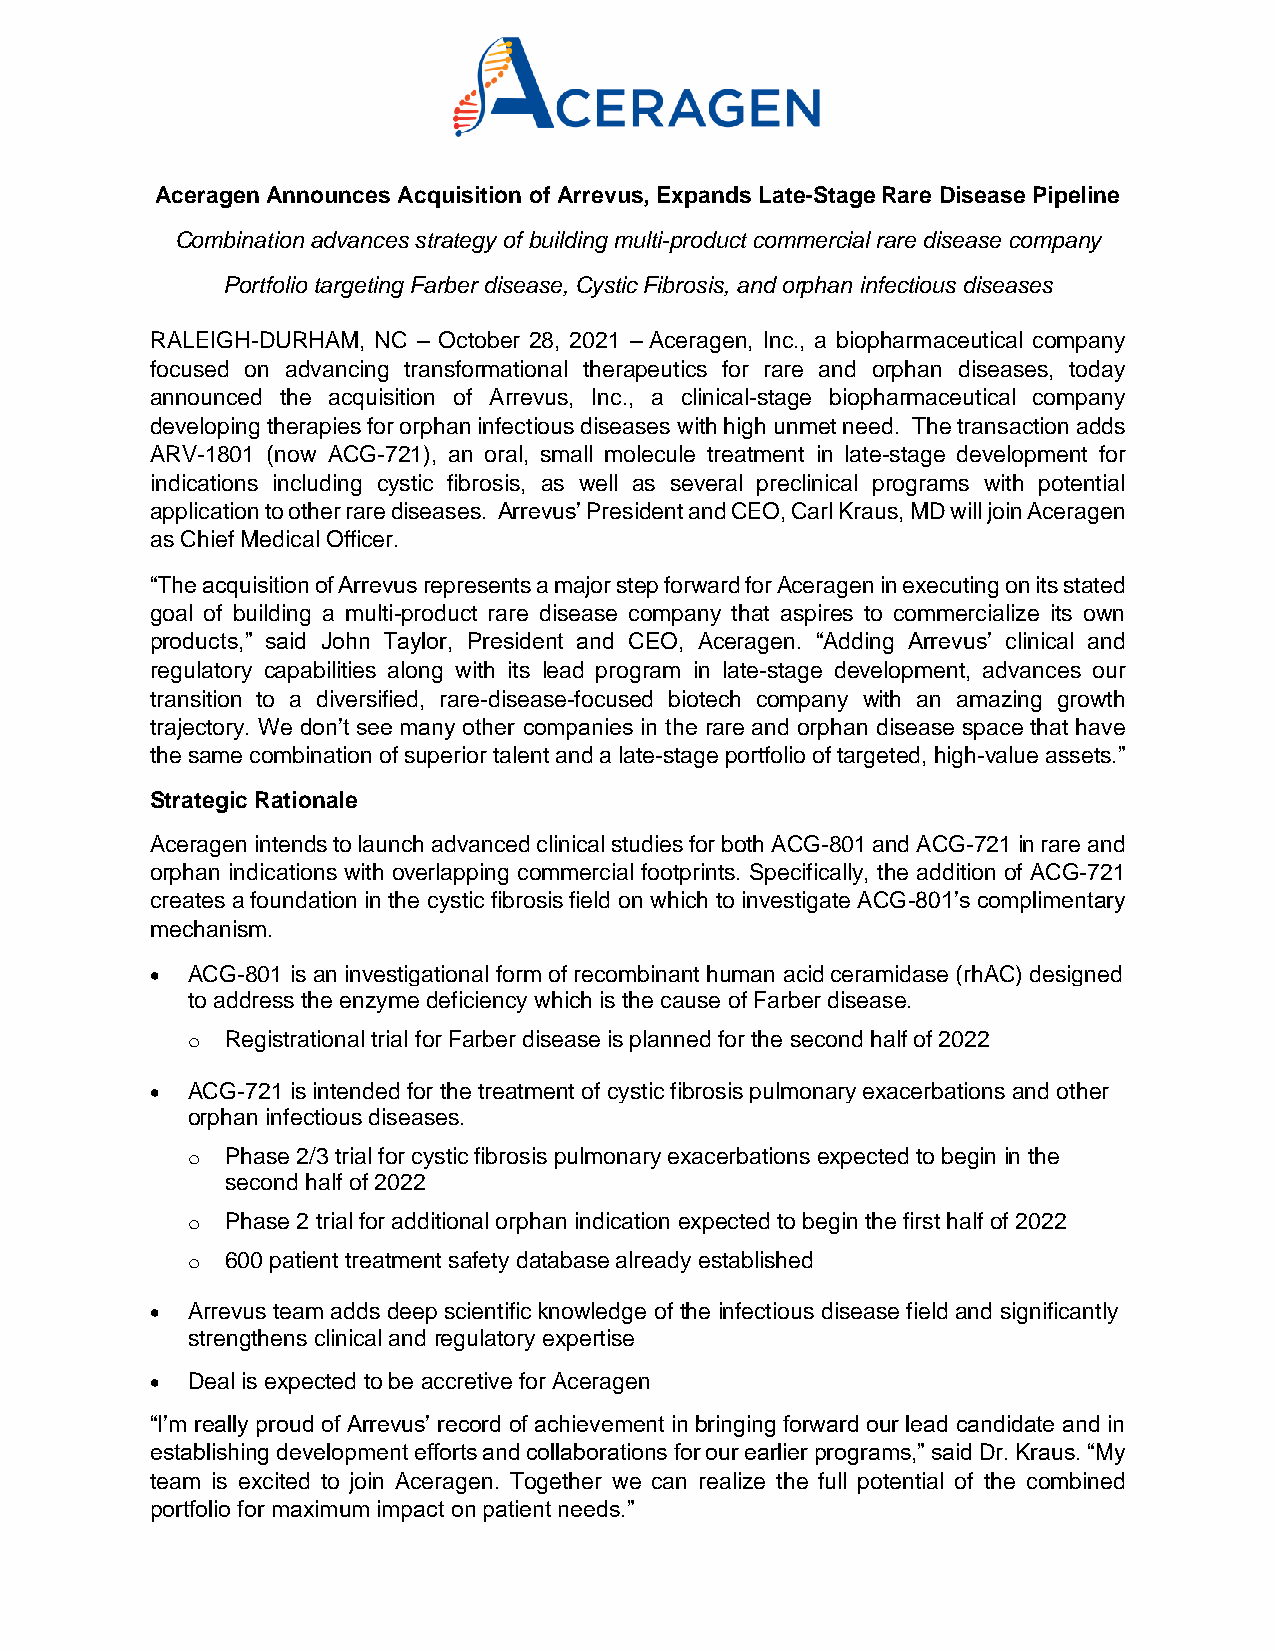
Aceragen Announces Acquisition of Arrevus, Expands Late-Stage Rare Disease Pipeline
 Combination advances strategy of building multi-product commercial rare disease company
 Portfolio targeting Farber disease, Cystic Fibrosis, and orphan infectious diseases
 RALEIGH-DURHAM, NC – October 28, 2021 – Aceragen, Inc., a biopharmaceutical company
 focused on advancing transformational therapeutics for rare and orphan diseases, today
 announced the acquisition of Arrevus, Inc., a clinical-stage biopharmaceutical company
 developing therapies for orphan infectious diseases with high unmet need. The transaction adds
 ARV-1801 (now ACG-721), an oral, small molecule treatment in late-stage development for
 indications including cystic fibrosis, as well as several preclinical programs with potential
 application to other rare diseases. Arrevus’ President and CEO, Carl Kraus, MD will join Aceragen
 as Chief Medical Officer.
 “The acquisition of Arrevus represents a major step forward for Aceragen in executing on its stated
 goal of building a multi-product rare disease company that aspires to commercialize its own
 products,” said John Taylor, President and CEO, Aceragen. “Adding Arrevus’ clinical and
 regulatory capabilities along with its lead program in late-stage development, advances our
 transition to a diversified, rare-disease-focused biotech company with an amazing growth
 trajectory. We don’t see many other companies in the rare and orphan disease space that have
 the same combination of superior talent and a late-stage portfolio of targeted, high-value assets.”
 Strategic Rationale
 Aceragen intends to launch advanced clinical studies for both ACG-801 and ACG-721 in rare and
 orphan indications with overlapping commercial footprints. Specifically, the addition of ACG-721
 creates a foundation in the cystic fibrosis field on which to investigate ACG-801’s complimentary
 mechanism.
 • ACG-801 is an investigational form of recombinant human acid ceramidase (rhAC) designed
 to address the enzyme deficiency which is the cause of Farber disease.
 o  Registrational trial for Farber disease is planned for the second half of 2022
 • ACG-721 is intended for the treatment of cystic fibrosis pulmonary exacerbations and other
 orphan infectious diseases.
 o  Phase 2/3 trial for cystic fibrosis pulmonary exacerbations expected to begin in the
 second half of 2022
 o  Phase 2 trial for additional orphan indication expected to begin the first half of 2022
 o  600 patient treatment safety database already established
 • Arrevus team adds deep scientific knowledge of the infectious disease field and significantly
 strengthens clinical and regulatory expertise
 • Deal is expected to be accretive for Aceragen
 “I’m really proud of Arrevus’ record of achievement in bringing forward our lead candidate and in
 establishing development efforts and collaborations for our earlier programs,” said Dr. Kraus. “My
 team is excited to join Aceragen. Together we can realize the full potential of the combined
 portfolio for maximum impact on patient needs.”